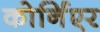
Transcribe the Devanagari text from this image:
कोर्निएर